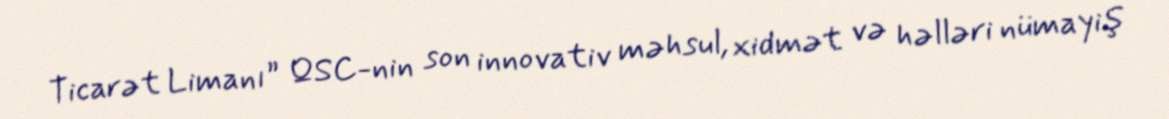
Ticarət Limanı” QSC-nin son innovativ məhsul, xidmət və həlləri nümayiş